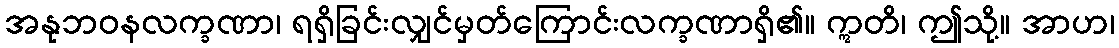
အနုဘဝနလက္ခဏာ၊ ရရှိခြင်းလျှင်မှတ်ကြောင်းလက္ခဏာရှိ၏။ ဣတိ၊ ဤသို့။ အာဟ၊